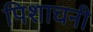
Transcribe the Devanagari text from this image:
पिशाचनी